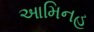
આમિનહ